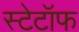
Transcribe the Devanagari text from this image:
स्टेटॉफ